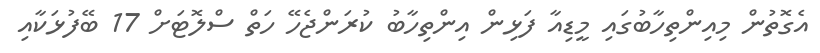
އެގޮތުން މިއިންތިހާބުގައި މީޑިއާ ފަޅިން އިންތިހާބު ކުރަންޖެހޭ ހަތް ސްލޮޓަށް 17 ބޭފުޅަކާއި